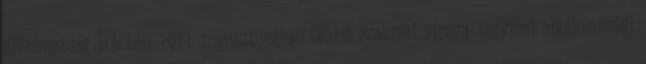
alkalmasság Írásban, 2019. augusztusában OKJ-s szakmai vizsga Szakmai alkalmassági